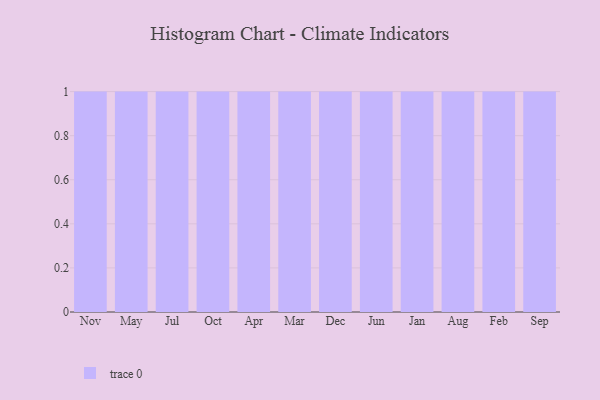
{"axis": {"x": "Month", "y": "Churn Rate (%)"}, "legend": [""], "data": [{"x": "Nov", "y": 66, "type": ""}, {"x": "May", "y": 28, "type": ""}, {"x": "Jul", "y": 61, "type": ""}, {"x": "Oct", "y": 20, "type": ""}, {"x": "Apr", "y": 15, "type": ""}, {"x": "Mar", "y": 89, "type": ""}, {"x": "Dec", "y": 85, "type": ""}, {"x": "Jun", "y": 87, "type": ""}, {"x": "Jan", "y": 23, "type": ""}, {"x": "Aug", "y": 23, "type": ""}, {"x": "Feb", "y": 32, "type": ""}, {"x": "Sep", "y": 96, "type": ""}]}